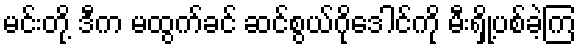
မင်းတို့ ဒီက မထွက်ခင် ဆင်စွယ်ဂိုဒေါင်ကို မီးရှို့ပစ်ခဲ့ကြ